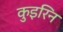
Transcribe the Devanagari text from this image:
कुइरिन